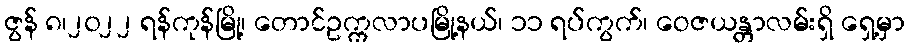
ဇွန် ၈၊၂၀၂၂ ရန်ကုန်မြို့၊ တောင်ဥက္ကလာပမြို့နယ်၊ ၁၁ ရပ်ကွက်၊ ဝေဇယန္တာလမ်းရှိ ရှေ့မှာ